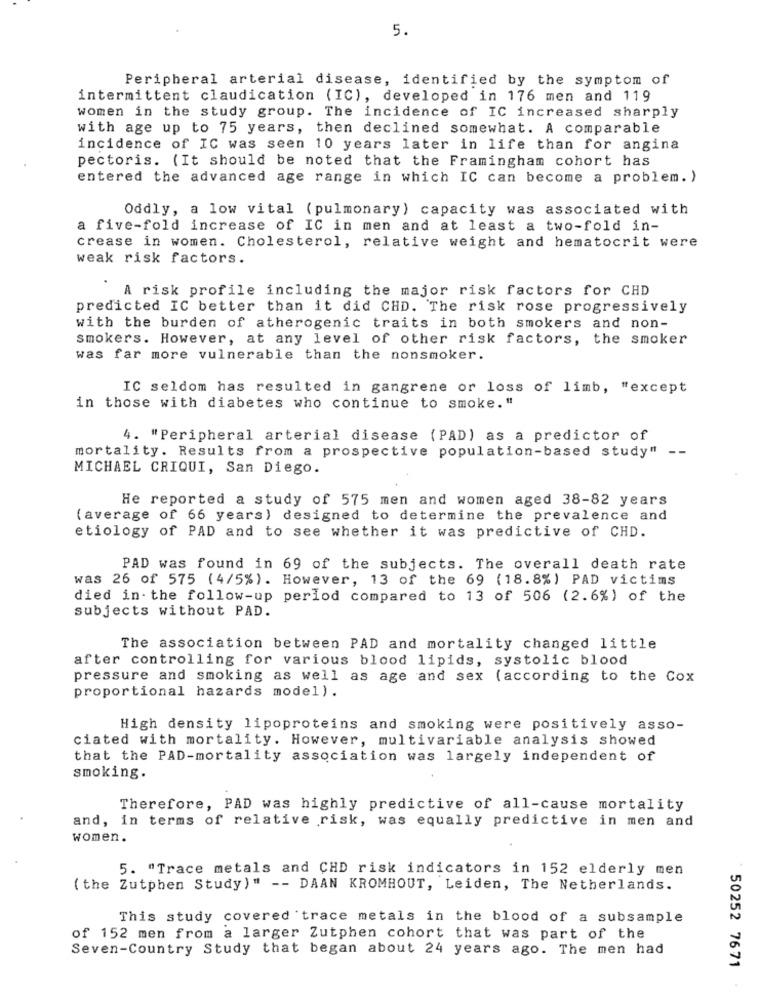
5.
Peripheral arterial disease, identified by the symptom of
intermittent claudication (IC), developed in 176 men and 119
women in the study group. The incidence of IC increased sharply
with age up to 75 years, then declined somewhat. A comparable
incidence of IC was seen 10 years later in life than for angina
pectoris. (It should be noted that the Framingham cohort has
entered the advanced age range in which IC can become a problem. )
Oddly, a low vital (pulmonary) capacity was associated with
a five-fold increase of IC in men and at least a two-fold in-
crease in women. Cholesterol, relative weight and hematocrit were
weak risk factors.
A risk profile including the major risk factors for CHD
predicted IC better than it did CHD. The risk rose progressively
with the burden of atherogenic traits in both smokers and non-
smokers. However, at any level of other risk factors, the smoker
was far more vulnerable than the nonsmoker.
IC seldom has resulted in gangrene or loss of limb, "except
in those with diabetes who continue to smoke."
4. "Peripheral arterial disease (PAD) as a predictor of
mortality. Results from a prospective population-based study" --
MICHAEL CRIQUI, San Diego.
He reported a study of 575 men and women aged 38-82 years
(average of 66 years) designed to determine the prevalence and
etiology of PAD and to see whether it was predictive of CHD.
PAD was found in 69 of the subjects. The overall death rate
was 26 of 575 (4/5%). However, 13 of the 69 (18.8%) PAD victims
died in- the follow-up period compared to 13 of 506 (2.6%) of the
subjects without PAD.
The association between PAD and mortality changed little
after controlling for various blood lipids, systolic blood
pressure and smoking as well as age and sex (according to the Cox
proportional hazards model).
High density lipoproteins and smoking were positively asso-
ciated with mortality. However, multivariable analysis showed
that the PAD-mortality association was largely independent of
smoking.
Therefore, PAD was highly predictive of all-cause mortality
and, in terms of relative risk, was equally predictive in men and
women.
5. "Trace metals and CHD risk indicators in 152 elderly men
( the Zutphen Study)" -- DAAN KROMHOUT, Leiden, The Netherlands.
This study covered trace metals in the blood of a subsample
of 152 men from a larger Zutphen cohort that was part of the
Seven-Country Study that began about 24 years ago. The men had
50252 7671